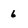
Character: 6